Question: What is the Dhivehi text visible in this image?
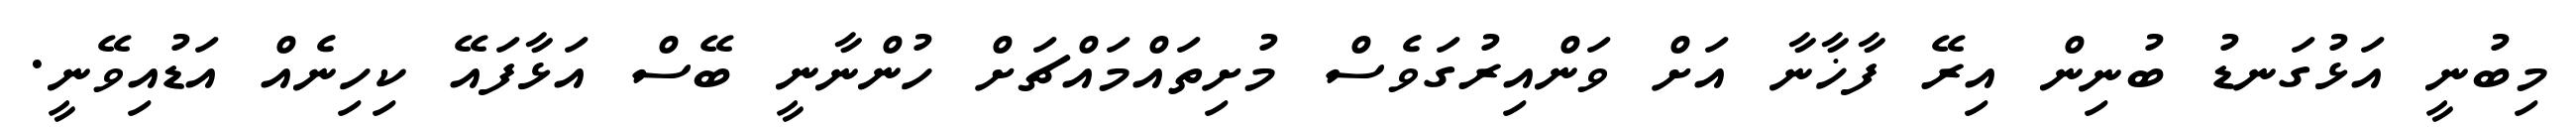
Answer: މިބުނީ އަޅުގަނޑު ބުނިން އިރޭ ފާޚާނާ އަށް ވަންއިރުގަވެސް މުށިތައްމައްޗަށް ހުންނާނީ ބޭސް އަޅާފައޭ ކިހިނެއް އަޑުއިވޭނީ.